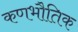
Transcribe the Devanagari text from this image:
कणभौतिक